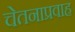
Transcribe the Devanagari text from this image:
चेतनाप्रवाह